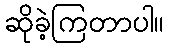
ဆိုခဲ့ကြတာပါ။